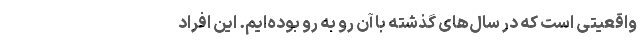
واقعیتی است که در سال‌های گذشته با آن رو به رو بوده‌ایم. این افراد